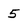
Character: 5